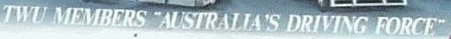
TWU MEMBERS "AUSTRALIA'S DRIVING FORCE"